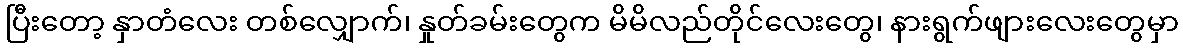
ပြီးတော့ နှာတံလေး တစ်လျှောက်၊ နှုတ်ခမ်းတွေက မိမိလည်တိုင်လေးတွေ၊ နားရွက်ဖျားလေးတွေမှာ